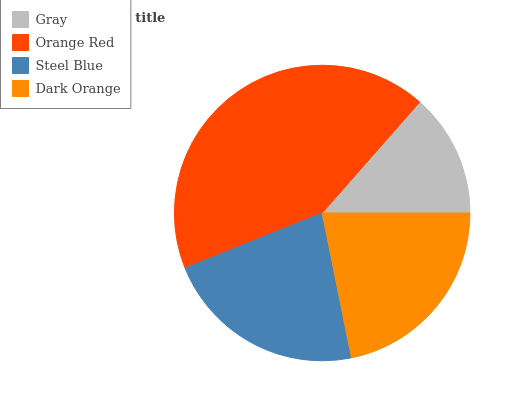
| Gray | Orange Red | Steel Blue | Dark Orange |
 | --- | --- | --- | --- |
 | 13.5% | 42.5% | 22.1% | 21.8% |